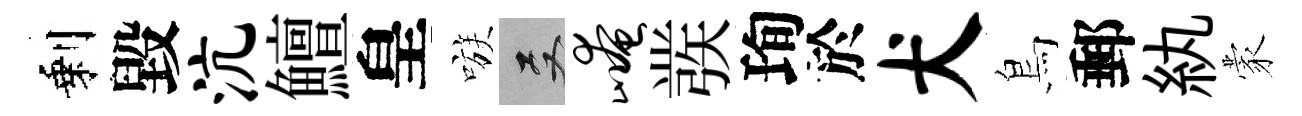
剩毀沆鱣皇嗾双崦彂珣於犬鳥郵紈蒙